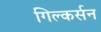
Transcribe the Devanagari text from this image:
गिल्कर्सन